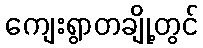
ကျေးရွာတချို့တွင်